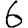
Digit: 6